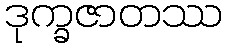
ဒုက္ခဇာတဿ